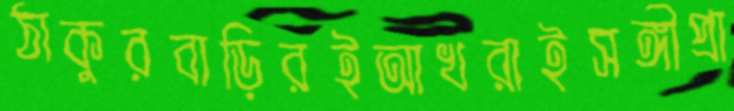
ঠাকুরবাড়িরইআখরাইসঙ্গীপ্রা